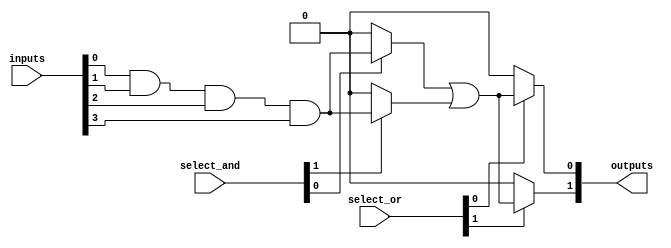
module PLA (
    input wire [n-1:0] inputs,  // n inputs
    input wire [m-1:0] select_and, // Select lines for AND gates
    input wire [m-1:0] select_or,  // Select lines for OR gates
    output wire [p-1:0] outputs    // p outputs
);
    parameter n = 4; // Number of inputs
    parameter m = 4; // Number of AND gates (product terms)
    parameter p = 2; // Number of outputs

    // Internal wires for the AND plane outputs
    wire [m-1:0] and_out;

    // AND Plane
    genvar i;
    generate
        for (i = 0; i < m; i = i + 1) begin : AND_plane
            assign and_out[i] = (select_and[i] == 1'b1) ? 
                (inputs[0] & inputs[1] & inputs[2] & inputs[3]) : 1'b0; // Example product term
        end
    endgenerate

    // Internal wires for the OR plane outputs
    wire [p-1:0] or_out;

    // OR Plane
    generate
        for (i = 0; i < p; i = i + 1) begin : OR_plane
            assign or_out[i] = (select_or[i] == 1'b1) ? 
                (and_out[0] | and_out[1]) : 1'b0; // Example OR combination
        end
    endgenerate

    // Final output assignment
    assign outputs = or_out;

endmodule